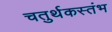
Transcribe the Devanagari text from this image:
चतुर्थकस्तंभ